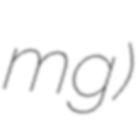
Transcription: mg)